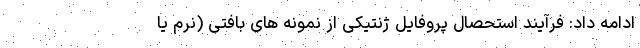
ادامه داد: فرآیند استحصال پروفایل ژنتیکی از نمونه های بافتی (نرم یا